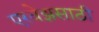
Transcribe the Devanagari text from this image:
एरवेझसाठी